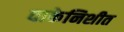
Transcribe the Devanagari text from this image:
वाकेनिशीत